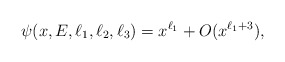
\begin{align*}\psi(x,E,\ell_1,\ell_2,\ell_3)=x^{\ell_1}+O(x^{\ell_1+3}),\end{align*}